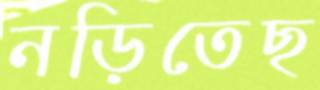
নড়িতেছ